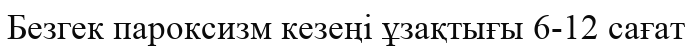
Безгек пароксизм кезеңі ұзақтығы 6-12 сағат